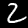
Digit: 2